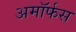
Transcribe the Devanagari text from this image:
अमॉर्फस